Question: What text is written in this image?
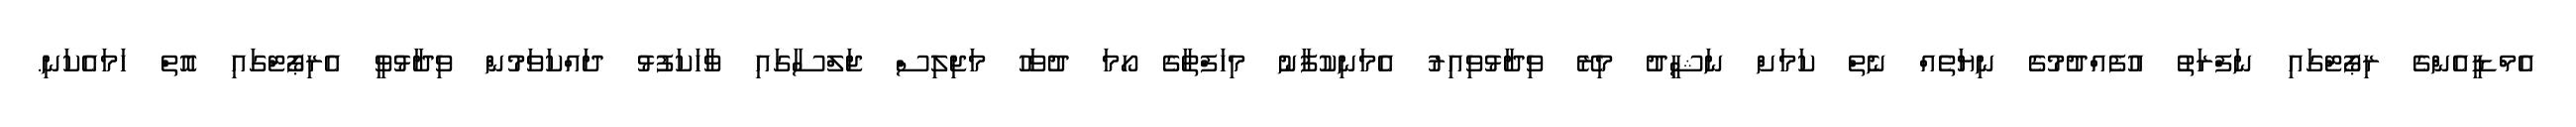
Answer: އެމްޑީއެންގެ ރިޕޯޓްގައި ނަފްރަތު އުފެއްދުމުގެ ނިޔަތެއް ނެތް ކަމަށް ނަޝީދު މިރޭ ވިދާޅުވިއިރު އެމަނިކުފާނު މިހަފްތާގެ ހޯމަ ދުވަހު މަޖިލިސް ޖަލްސާގައި ވާހަކަފުޅު ދައްކަވަމުން ވިދާޅުވީ އެރިޕޯޓްގައި އޮތް ހަމައެކަނި.